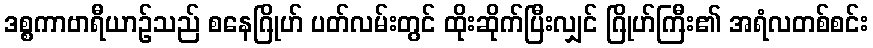
ဒစ္စကာဗာရီယာဉ်သည် စနေဂြိုဟ် ပတ်လမ်းတွင် ထိုးဆိုက်ပြီးလျှင် ဂြိုဟ်ကြီး၏ အရံလတစ်စင်း